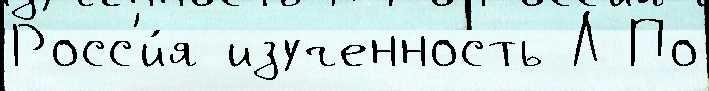
Росс'и́я изученность Л По